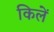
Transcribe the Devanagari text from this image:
किलें